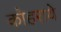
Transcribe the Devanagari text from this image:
कोहराये